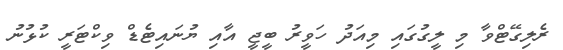
ރެލިގޭޓްވާ މި ލީގުގައި މިއަދު ހަވީރު ބީޖީ އާއި ޔުނައިޓެޑް ވިކްޓަރީ ކުޅުނު